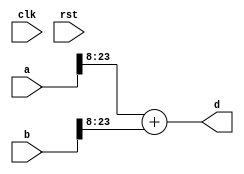
module conf_int_add__noFF__arch_agnos__apx ( clk, rst, a, b, d);
   parameter OP_BITWIDTH = 16; 
   parameter DATA_PATH_BITWIDTH = 24;
   
   input clk;
   input rst;
   input [DATA_PATH_BITWIDTH -1: 0] a;
   input [DATA_PATH_BITWIDTH -1 : 0] b;
   //output [(DATA_PATH_BITWIDTH + DATA_PATH_BITWIDTH ) - 1 - 11 : 0] d;
   output [DATA_PATH_BITWIDTH - 8 : 0] d;
   assign d = $signed(a[DATA_PATH_BITWIDTH - 1:8]) + $signed(b[DATA_PATH_BITWIDTH -1 :8]);
endmodule





module conf_int_add__noFF__arch_agnos__acc( clk, rst, a, b, d
 );

//--- parameters
//parameter BT_RND = 0
parameter OP_BITWIDTH = 16; //operator bit width
parameter DATA_PATH_BITWIDTH = 16; //flip flop Bit width

//--- input,outputs
input clk;
input rst;
input [DATA_PATH_BITWIDTH -1:0] a;
input [DATA_PATH_BITWIDTH-1:0] b;
output [DATA_PATH_BITWIDTH :0] d;


//--- no flop design
assign  d = (a + b);

endmodule


module conf_int_add__noFF__arch_agnos__w_wrapper( clk, rst, a, b, d
,acc__sel);

//--- parameters
//parameter BT_RND = 0
parameter OP_BITWIDTH = 16; //operator bit width
parameter DATA_PATH_BITWIDTH = 16; //flip flop Bit width


//--- input,outputs
input [DATA_PATH_BITWIDTH -1:0] a;
input [DATA_PATH_BITWIDTH-1:0] b;
input acc__sel;
output [DATA_PATH_BITWIDTH:0] d;
input clk;
input rst;

   wire [DATA_PATH_BITWIDTH : 0] d_internal__acc;
   wire [DATA_PATH_BITWIDTH - 8 : 0] d_internal__apx;


// synopsys dc_script_begin
   //set_dont_touch d_internal__apx
   //set_dont_touch d_internal__acc
 //set_dont_touch d
 // synopsys dc_script_end


conf_int_add__noFF__arch_agnos__acc #(OP_BITWIDTH, DATA_PATH_BITWIDTH) add__inst__acc(.clk(clk), .rst(rst), .a(a), .b(b), 
    .d(d_internal__acc));

conf_int_add__noFF__arch_agnos__apx #(OP_BITWIDTH, DATA_PATH_BITWIDTH) add__inst__apx(.clk(clk), .rst(rst), .a(a), .b(b), .d(d_internal__apx));

   assign d [DATA_PATH_BITWIDTH : 8] = acc__sel ? d_internal__acc[DATA_PATH_BITWIDTH : 8] : d_internal__apx;
   assign  d[8- 1: 0] = acc__sel ? d_internal__acc[8-1: 0]:{(8){1'b0}};




endmodule